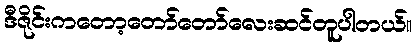
ဒီဇိုင်းကတော့တော်တော်လေးဆင်တူပါတယ်။